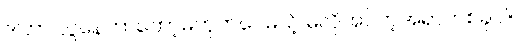
ဒါဟာ လွဲနေတာတော့မဟုတ်ပေမယ့် မလိုအပ်တဲ့အရာတစ်ခုပါ။